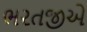
ભરતજીએ